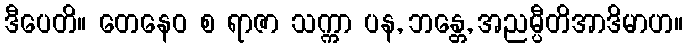
ဒီပေတိ။ တေနေဝ စ ရာဇာ သက္ကာ ပန, ဘန္တေ, အညမ္ပီတိအာဒိမာဟ။